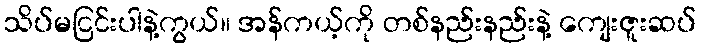
သိပ်မငြင်းပါနဲ့ကွယ်။ အန်ကယ့်ကို တစ်နည်းနည်းနဲ့ ကျေးဇူးဆပ်